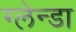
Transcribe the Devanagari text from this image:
ग्लेन्डा